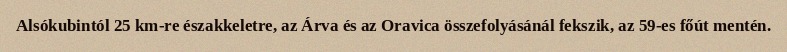
Alsókubintól 25 km-re északkeletre, az Árva és az Oravica összefolyásánál fekszik, az 59-es főút mentén.